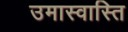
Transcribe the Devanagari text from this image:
उमास्वास्ति